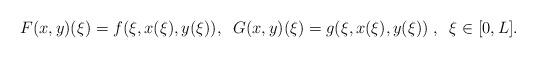
LaTeX: \begin{align*} F(x,y)(\xi)=f(\xi,x(\xi),y(\xi)), \;\;G(x,y)(\xi)=g(\xi,x(\xi),y(\xi))\;,\;\;\xi\in[0,L]. \end{align*}